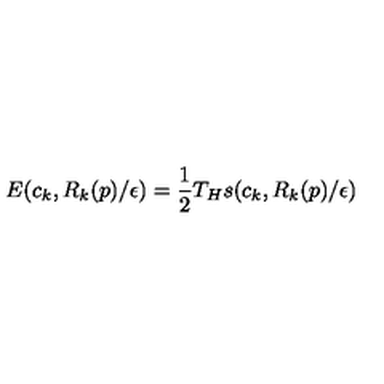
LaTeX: E ( c _ { k } , R _ { k } ( p ) / \epsilon ) = \frac 1 2 T _ { H } s ( c _ { k } , R _ { k } ( p ) / \epsilon ) ~